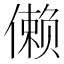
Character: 𱏔